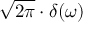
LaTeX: { \sqrt { 2 \pi } } \cdot \delta ( \omega )